Document type: Sale
Year: 1209
Scribe: Arnau de Torre
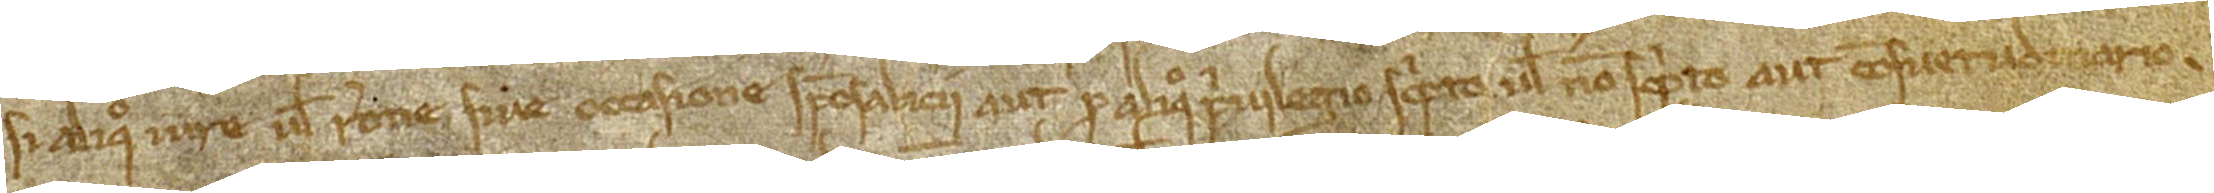
si aliquo iure vel ratione sive occasione sponsalicii aut pro aliquo privilegio, scripto vel non scripto aut consuetudinario,